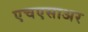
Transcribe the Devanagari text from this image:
एचएसाअर